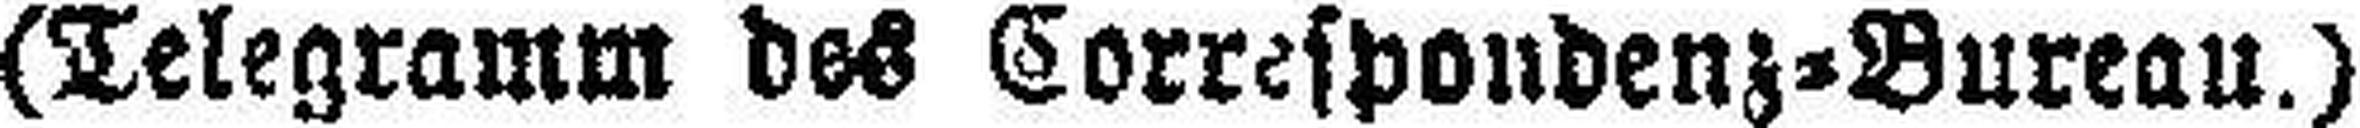
(Telegramm des Correspondenz=Bureau.)